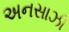
અનસાઝી